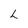
Character: L